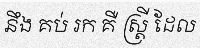
នឹង គប់ រក គឺ ស្ត្រី ដែល